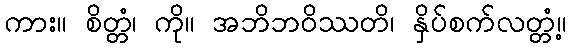
ကား။ စိတ္တံ၊ ကို။ အဘိဘဝိဿတိ၊ နှိပ်စက်လတ္တံ့။